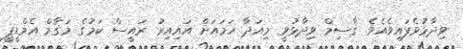
ވިދާޅުވެފައިވެއެވެ. ޤާސިމް ވިދާޅުވީ މިއަދާ ހަމައަށް އައިއިރު ރައީސް ކަމުގެ މަޤާމް އެމްޑީޕީ